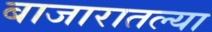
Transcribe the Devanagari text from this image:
बाजारातल्या